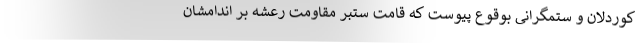
کوردلان و ستمگرانی بوقوع پیوست که قامت ستبر مقاومت رعشه بر اندامشان